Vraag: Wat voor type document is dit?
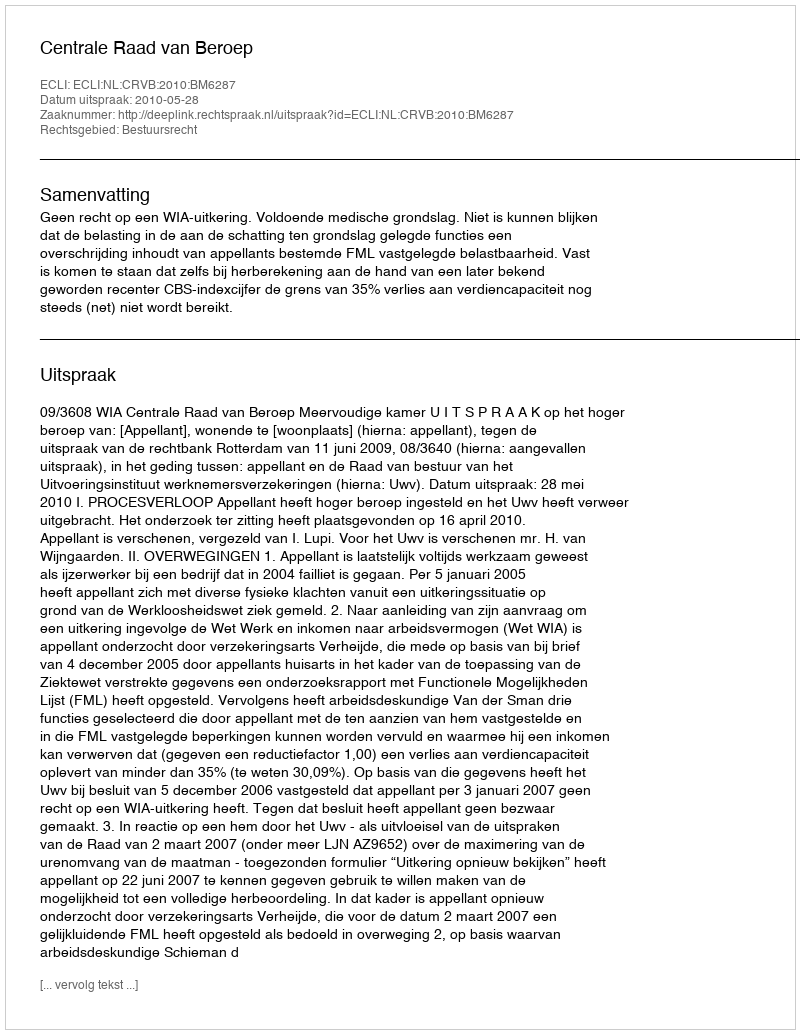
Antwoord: Uitspraak